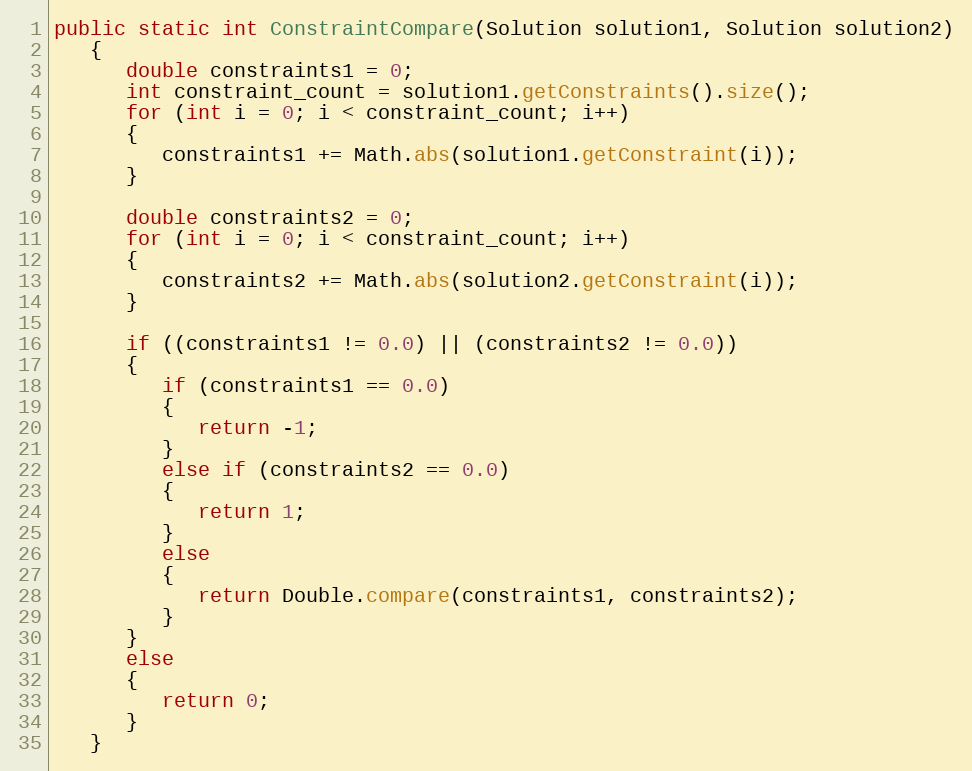
Language: Java
public static int ConstraintCompare(Solution solution1, Solution solution2)
   {
      double constraints1 = 0;
      int constraint_count = solution1.getConstraints().size();
      for (int i = 0; i < constraint_count; i++)
      {
         constraints1 += Math.abs(solution1.getConstraint(i));
      }

      double constraints2 = 0;
      for (int i = 0; i < constraint_count; i++)
      {
         constraints2 += Math.abs(solution2.getConstraint(i));
      }

      if ((constraints1 != 0.0) || (constraints2 != 0.0))
      {
         if (constraints1 == 0.0)
         {
            return -1;
         }
         else if (constraints2 == 0.0)
         {
            return 1;
         }
         else
         {
            return Double.compare(constraints1, constraints2);
         }
      }
      else
      {
         return 0;
      }
   }